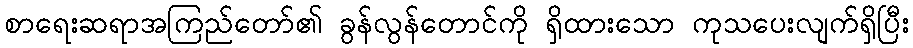
စာရေးဆရာအကြည်တော်၏ ခွန်လွန်တောင်ကို ရှိထားသော ကုသပေးလျက်ရှိပြီး